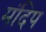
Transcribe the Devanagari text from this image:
मंदिप